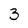
Character: 3